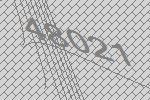
48021